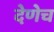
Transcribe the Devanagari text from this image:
देणेच